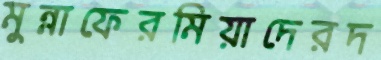
মুন্নাফেরমিয়াদেরদ